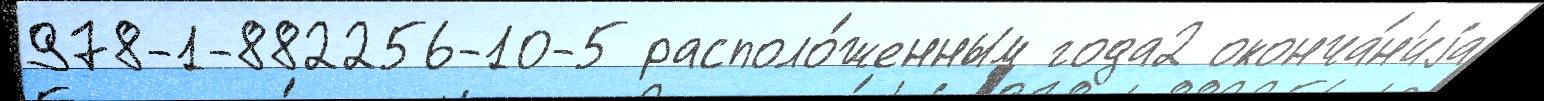
978-1-882256-10-5 располо́женным года2 оконча́н'иjа